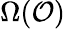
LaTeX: \Omega({\mathcal{O}})